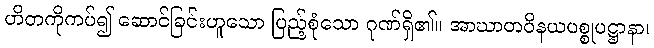
ဟိတကိုကပ်၍ ဆောင်ခြင်းဟူသော ပြည့်စုံသော ဂုဏ်ရှိ၏။ အာဃာတဝိနယပစ္စုပဋ္ဌာနာ၊